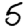
Digit: 5